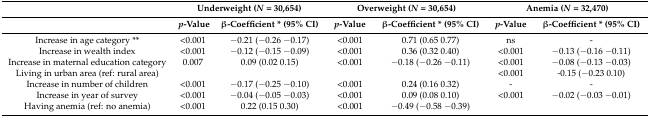
|  | <COLSPAN=2> Underweight (N = 30,654) | <COLSPAN=2> Overweight (N = 30,654) | <COLSPAN=2> Anemia (N = 32,470) |
 |  | p-Value | β-Coefficient * (95% CI) | p-Value | β-Coefficient * (95% CI) | p-Value | β-Coefficient * (95% CI) |
 | --- | --- | --- | --- | --- | --- | --- |
 | Increase in age category ** | <0.001 | −0.21 (−0.26 −0.17) | <0.001 | 0.71 (0.65 0.77) | ns | - |
 | Increase in wealth index | <0.001 | −0.12 (−0.15 −0.09) | <0.001 | 0.36 (0.32 0.40) | <0.001 | −0.13 (−0.16 −0.11) |
 | Increase in maternal education category | 0.007 | 0.09 (0.02 0.15) | <0.001 | −0.18 (−0.26 −0.11) | <0.001 | −0.08 (−0.13 −0.03) |
 | Living in urban area (ref: rural area) |  |  |  |  | <0.001 | -0.15 (−0.23 0.10) |
 | Increase in number of children | <0.001 | −0.17 (−0.25 −0.10) | <0.001 | 0.24 (0.16 0.32) | - | - |
 | Increase in year of survey | <0.001 | −0.04 (−0.05 −0.03) | <0.001 | 0.09 (0.08 0.10) | <0.001 | −0.02 (−0.03 −0.01) |
 | Having anemia (ref: no anemia) | <0.001 | 0.22 (0.15 0.30) | <0.001 | −0.49 (−0.58 −0.39) | <COLSPAN=2>  |